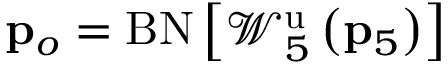
{ \bf p } _ { o } = \mathrm { B N } \left[ \mathcal { W } _ { 5 } ^ { \mathrm { u } } \left( \mathbf { p } _ { 5 } \right) \right]